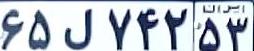
۶۵ل۷۴۲۵۳